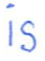
Text: is
Cross-out: clean
Writing tool: ballpoint